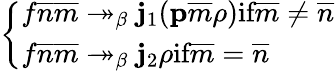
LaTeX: \left\{ \begin{array}{ll}{f\overline{{n}}\overline{{m}}\twoheadrightarrow_{\beta}\mathbf{j}_{1}(\mathbf{p}\overline{{m}}\rho)\textrm{if}\overline{{m}}\neq\overline{{n}}}\\ {f\overline{{n}}\overline{{m}}\twoheadrightarrow_{\beta}\mathbf{j}_{2}\rho\textrm{if}\overline{{m}}=\overline{{n}}}\end{array}\right.